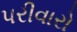
પરીવારો